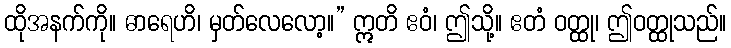
ထိုအနက်ကို။ ဓာရေဟိ၊ မှတ်လေလော့။” ဣတိ ဧဝံ၊ ဤသို့။ ဧတံ ဝတ္ထု၊ ဤဝတ္ထုသည်။